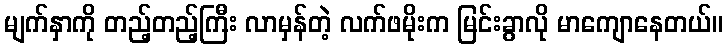
မျက်နှာကို တည့်တည့်ကြီး လာမှန်တဲ့ လက်ဖမိုးက မြင်းခွာလို မာကျောနေတယ်။